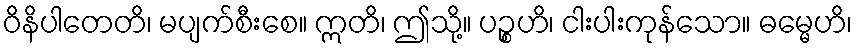
ဝိနိပါတေတိ၊ မပျက်စီးစေ။ ဣတိ၊ ဤသို့။ ပဉ္စဟိ၊ ငါးပါးကုန်သော။ ဓမ္မေဟိ၊